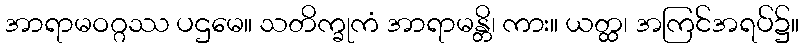
အာရာမဝဂ္ဂဿ ပဌမေ။ သတိက္ခုကံ အာရာမန္တိ၊ ကား။ ယတ္ထ၊ အကြင်အရပ်၌။